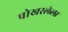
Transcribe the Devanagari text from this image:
पोखरलेला